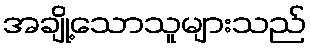
အချို့သောသူများသည်